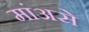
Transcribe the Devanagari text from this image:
मांअसे